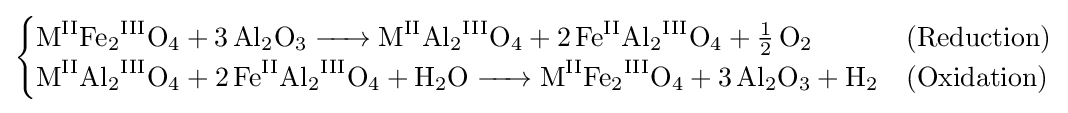
{\begin{cases}{\ce {M^{II}Fe2^{III}O4 + 3Al2O3 -> M^{II}Al2^{III}O4 + 2Fe^{II}Al2^{III}O4 + 1/2O2}}&{\ce {(Reduction)}}\\{\ce {M^{II}Al2^{III}O4 + 2Fe^{II}Al2^{III}O4 + H2O -> M^{II}Fe2^{III}O4 + 3Al2O3 + H2}}&{\ce {(Oxidation)}}\end{cases}}